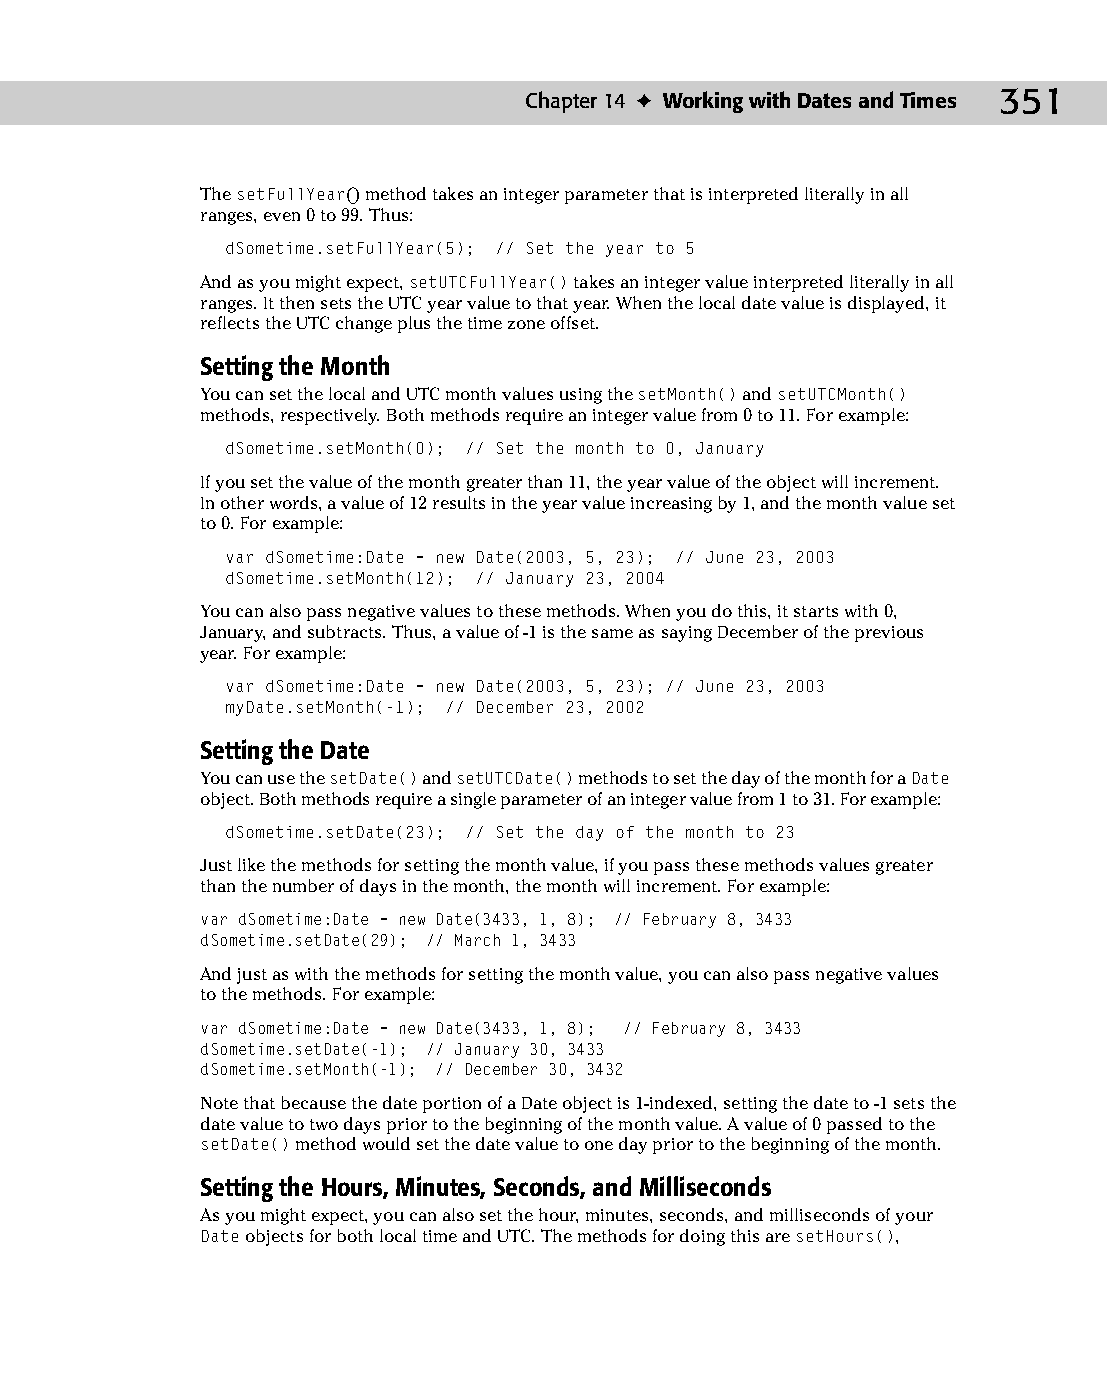
19 543547 ch14.qxd 3/24/04 4:11 PM Page 351
 Chapter 14 ✦ Working with Dates and Times 351
 The setFullYear() method takes an integer parameter that is interpreted literally in all
 ranges, even 0 to 99. Thus:
 dSometime.setFullYear(5); // Set the year to 5
 And as you might expect, setUTCFullYear() takes an integer value interpreted literally in all
 ranges. It then sets the UTC year value to that year. When the local date value is displayed, it
 reflects the UTC change plus the time zone offset.
 Setting the Month
 You can set the local and UTC month values using the setMonth() and setUTCMonth()
 methods, respectively. Both methods require an integer value from 0 to 11. For example:
 dSometime.setMonth(0); // Set the month to 0, January
 If you set the value of the month greater than 11, the year value of the object will increment.
 In other words, a value of 12 results in the year value increasing by 1, and the month value set
 to 0. For example:
 var dSometime:Date = new Date(2003, 5, 23); // June 23, 2003
 dSometime.setMonth(12); // January 23, 2004
 You can also pass negative values to these methods. When you do this, it starts with 0,
 January, and subtracts. Thus, a value of -1 is the same as saying December of the previous
 year. For example:
 var dSometime:Date = new Date(2003, 5, 23); // June 23, 2003
 myDate.setMonth(-1); // December 23, 2002
 Setting the Date
 You can use the setDate() and setUTCDate() methods to set the day of the month for a Date
 object. Both methods require a single parameter of an integer value from 1 to 31. For example:
 dSometime.setDate(23); // Set the day of the month to 23
 Just like the methods for setting the month value, if you pass these methods values greater
 than the number of days in the month, the month will increment. For example:
 var dSometime:Date = new Date(3433, 1, 8); // February 8, 3433
 dSometime.setDate(29); // March 1, 3433
 And just as with the methods for setting the month value, you can also pass negative values
 to the methods. For example:
 var dSometime:Date = new Date(3433, 1, 8); // February 8, 3433
 dSometime.setDate(-1); // January 30, 3433
 dSometime.setMonth(-1); // December 30, 3432
 Note that because the date portion of a Date object is 1-indexed, setting the date to -1 sets the
 date value to two days prior to the beginning of the month value. A value of 0 passed to the
 setDate() method would set the date value to one day prior to the beginning of the month.
 Setting the Hours, Minutes, Seconds, and Milliseconds
 As you might expect, you can also set the hour, minutes, seconds, and milliseconds of your
 Date objects for both local time and UTC. The methods for doing this are setHours(),